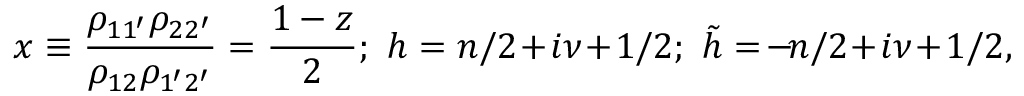
x \equiv \frac { \rho _ { 1 1 ^ { \prime } } \rho _ { 2 2 ^ { \prime } } } { \rho _ { 1 2 } \rho _ { 1 ^ { \prime } 2 ^ { \prime } } } = \frac { 1 - z } 2 ; \ h = n / 2 \! + \! i \nu \! + \! 1 / 2 ; \ \tilde { h } = \! - \! n / 2 \! + \! i \nu \! + \! 1 / 2 ,